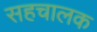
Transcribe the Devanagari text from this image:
सहचालक